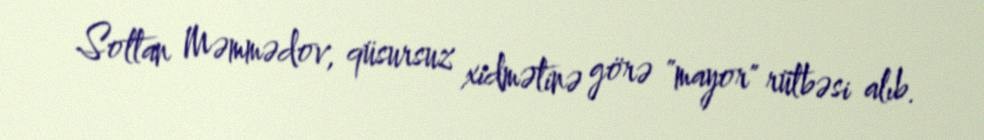
Soltan Məmmədov, qüsursuz xidmətinə görə "mayor" rütbəsi alıb.